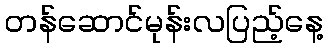
တန်ဆောင်မုန်းလပြည့်နေ့